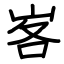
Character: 峉